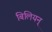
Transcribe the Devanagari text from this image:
बिलियन्